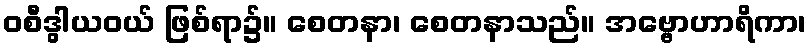
ဝစီဒွါယဝယ် ဖြစ်ရာ၌။ စေတနာ၊ စေတနာသည်။ အဗ္ဗောဟာရိကာ၊